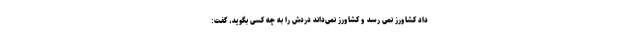
داد کشاورز نمی رسد و کشاورز نمی‌داند دردش را به چه کسی بگوید، گفت: